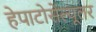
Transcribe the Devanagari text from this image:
हेपाटोसेल्यूलर